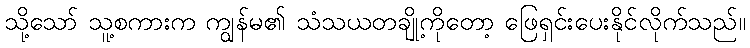
သို့သော် သူ့စကားက ကျွန်မ၏ သံသယတချို့ကိုတော့ ဖြေရှင်းပေးနိုင်လိုက်သည်။